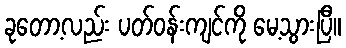
ခုတော့လည်း ပတ်ဝန်းကျင်ကို မေ့သွားပြီ။